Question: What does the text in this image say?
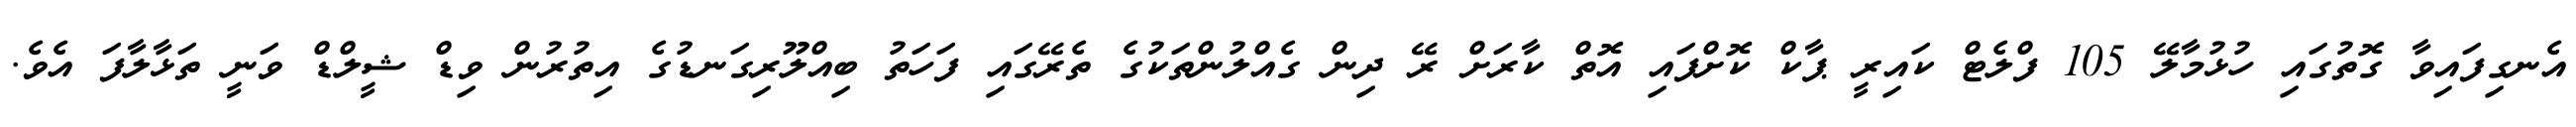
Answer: އެނގިފައިވާ ގޮތުގައި ހުޅުމާލޭ 105 ފްލެޓް ކައިރީ ޕާކް ކޮށްފައި އޮތް ކާރަށް ރޭ ދިން ގެއްލުންތަކުގެ ތެރޭގައި ފަހަތު ބިއްލޫރިގަނޑުގެ އިތުރުން ވިޑް ޝީލްޑް ވަނީ ތަޅާލާފަ އެވެ.